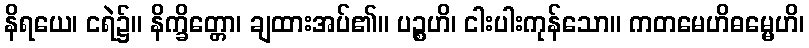
နိရယေ၊ ငရဲ၌။ နိက္ခိတ္တော၊ ချထားအပ်၏။ ပဉ္စဟိ၊ ငါးပါးကုန်သော။ ကတမေဟိဓမ္မေဟိ၊